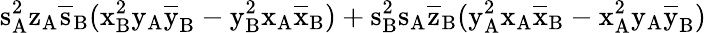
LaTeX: \mathrm{s_{A}^{2}\mathrm{z_{A}\mathrm{\overline{{s}}_{B}(\mathrm{x_{B}^{2}\mathrm{y_{A}\mathrm{\overline{{y}}_{B}-\mathrm{y_{B}^{2}\mathrm{x_{A}\mathrm{\overline{{x}}_{B})+\mathrm{s_{B}^{2}\mathrm{s_{A}\mathrm{\overline{{z}}_{B}(\mathrm{y_{A}^{2}\mathrm{x_{A}\mathrm{\overline{{x}}_{B}-\mathrm{x_{A}^{2}\mathrm{y_{A}\mathrm{\overline{{y}}_{B})}}}}}}}}}}}}}}}}}}